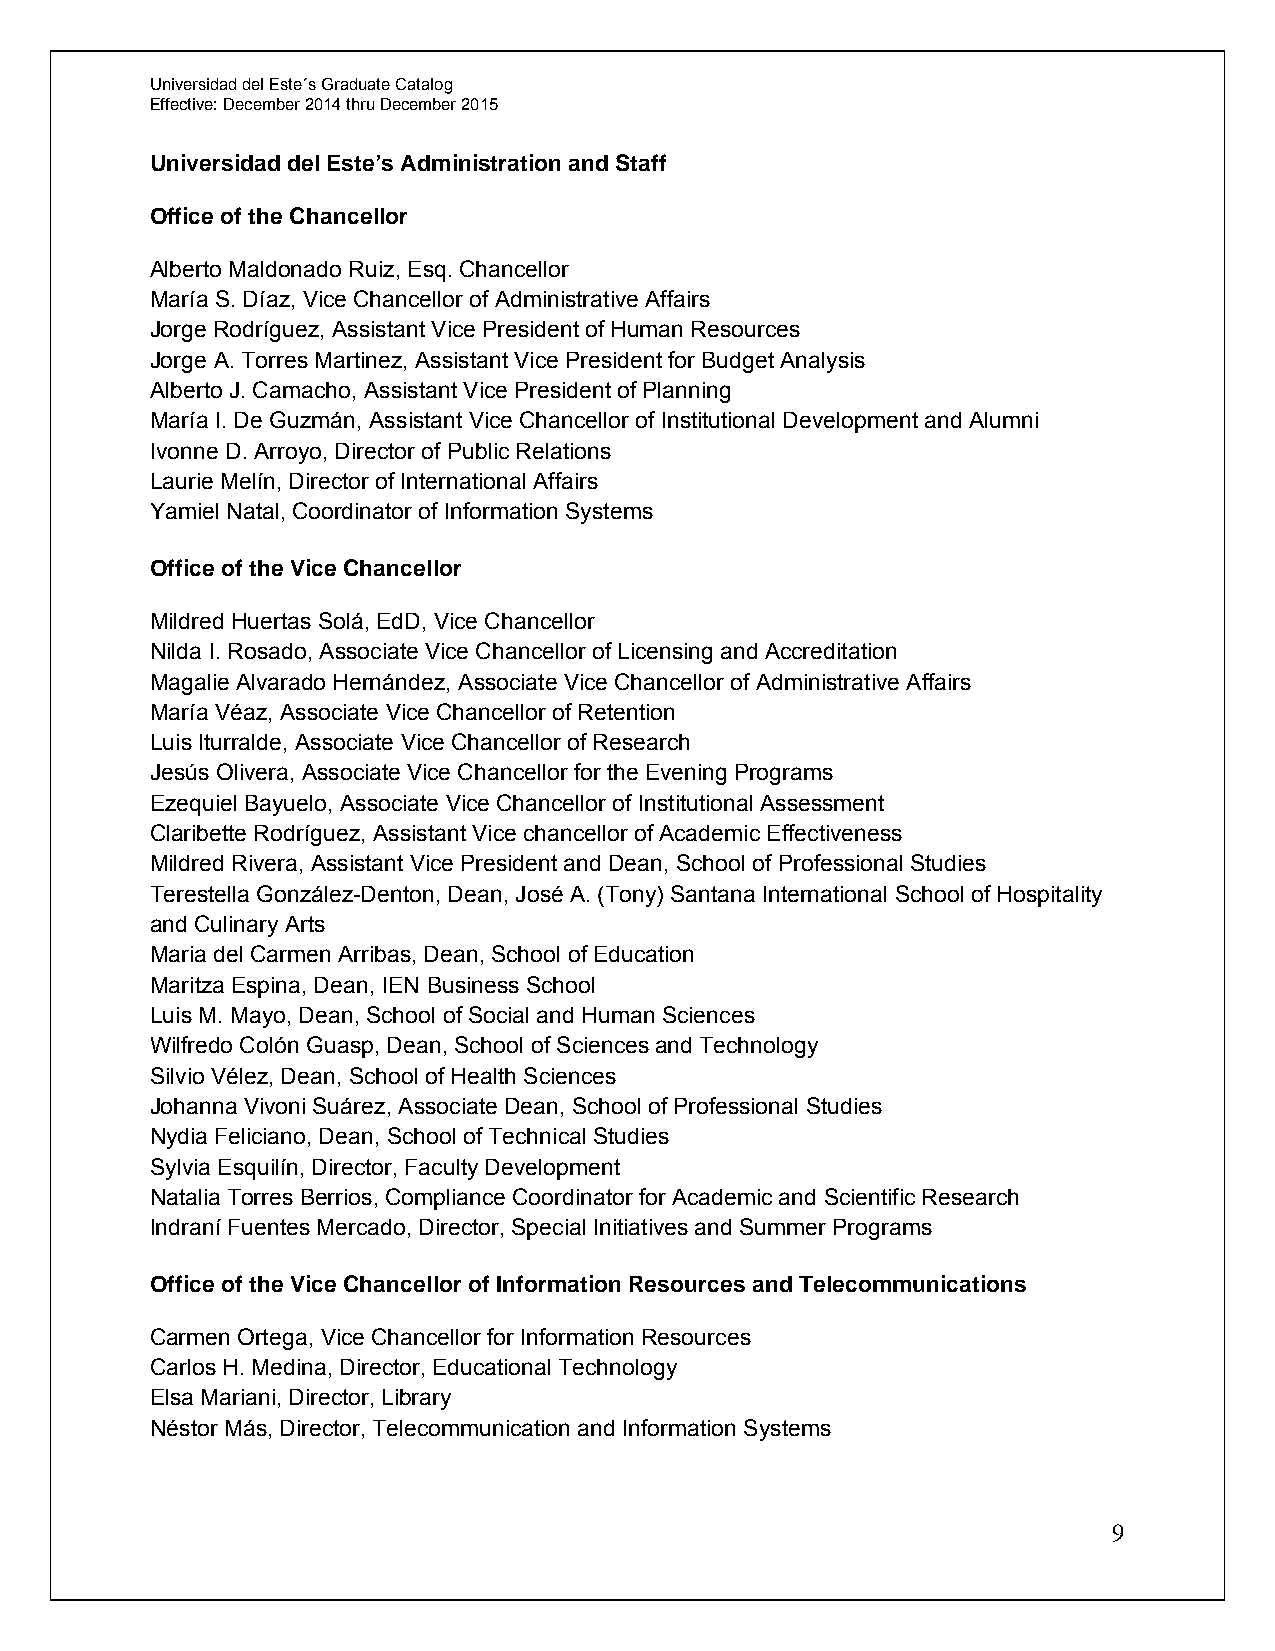
Universidad del Este´s Graduate Catalog
 Effective: December 2014 thru December 2015
 Universidad del Este’s Administration and Staff
 Office of the Chancellor
 Alberto Maldonado Ruiz, Esq. Chancellor
 María S. Díaz, Vice Chancellor of Administrative Affairs
 Jorge Rodríguez, Assistant Vice President of Human Resources
 Jorge A. Torres Martinez, Assistant Vice President for Budget Analysis
 Alberto J. Camacho, Assistant Vice President of Planning
 María I. De Guzmán, Assistant Vice Chancellor of Institutional Development and Alumni
 Ivonne D. Arroyo, Director of Public Relations
 Laurie Melín, Director of International Affairs
 Yamiel Natal, Coordinator of Information Systems
 Office of the Vice Chancellor
 Mildred Huertas Solá, EdD, Vice Chancellor
 Nilda I. Rosado, Associate Vice Chancellor of Licensing and Accreditation
 Magalie Alvarado Hernández, Associate Vice Chancellor of Administrative Affairs
 María Véaz, Associate Vice Chancellor of Retention
 Luis Iturralde, Associate Vice Chancellor of Research
 Jesús Olivera, Associate Vice Chancellor for the Evening Programs
 Ezequiel Bayuelo, Associate Vice Chancellor of Institutional Assessment
 Claribette Rodríguez, Assistant Vice chancellor of Academic Effectiveness
 Mildred Rivera, Assistant Vice President and Dean, School of Professional Studies
 Terestella González-Denton, Dean, José A. (Tony) Santana International School of Hospitality
 and Culinary Arts
 Maria del Carmen Arribas, Dean, School of Education
 Maritza Espina, Dean, IEN Business School
 Luis M. Mayo, Dean, School of Social and Human Sciences
 Wilfredo Colón Guasp, Dean, School of Sciences and Technology
 Silvio Vélez, Dean, School of Health Sciences
 Johanna Vivoni Suárez, Associate Dean, School of Professional Studies
 Nydia Feliciano, Dean, School of Technical Studies
 Sylvia Esquilín, Director, Faculty Development
 Natalia Torres Berrios, Compliance Coordinator for Academic and Scientific Research
 Indraní Fuentes Mercado, Director, Special Initiatives and Summer Programs
 Office of the Vice Chancellor of Information Resources and Telecommunications
 Carmen Ortega, Vice Chancellor for Information Resources
 Carlos H. Medina, Director, Educational Technology
 Elsa Mariani, Director, Library
 Néstor Más, Director, Telecommunication and Information Systems
 9